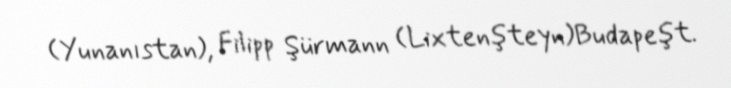
(Yunanıstan), Filipp Şürmann (Lixtenşteyn)Budapeşt.